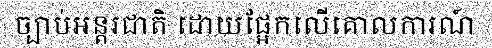
ច្បាប់អន្តរជាតិ ដោយផ្អែកលើគោលការណ៍